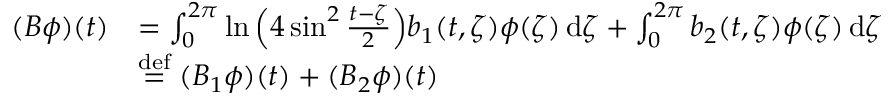
\begin{array} { r l } { ( B \phi ) ( t ) } & { = \int _ { 0 } ^ { 2 \pi } \ln \Big ( 4 \sin ^ { 2 } \frac { t - \zeta } { 2 } \Big ) b _ { 1 } ( t , \zeta ) \phi ( \zeta ) \, \mathrm { d } \zeta + \int _ { 0 } ^ { 2 \pi } b _ { 2 } ( t , \zeta ) \phi ( \zeta ) \, \mathrm { d } \zeta } \\ & { \overset { \mathrm { d e f } } { = } ( B _ { 1 } \phi ) ( t ) + ( B _ { 2 } \phi ) ( t ) } \end{array}